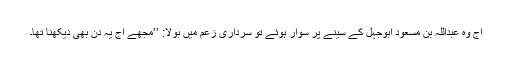
آج وہ عبداللہ بن مسعود ابوجہل کے سینے پر سوار ہوئے تو سرداری زعم میں بولا: ’’مجھے آج یہ دن بھی دیکھنا تھا۔